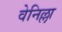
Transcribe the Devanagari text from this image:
वेनिल्ला